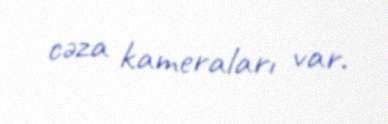
cəza kameraları var.